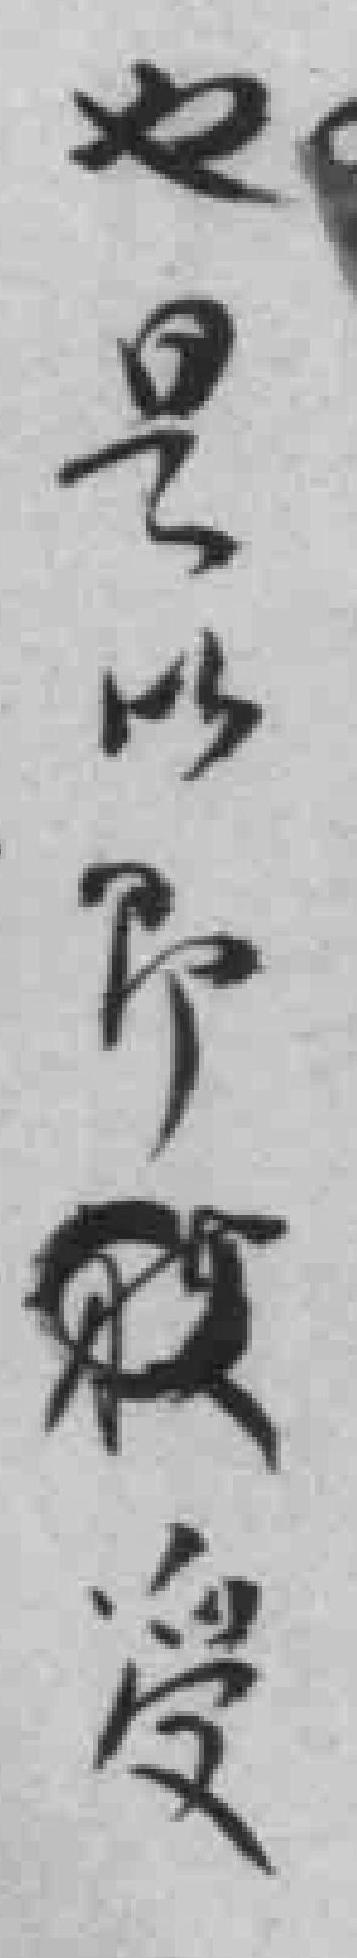
也是以即*受